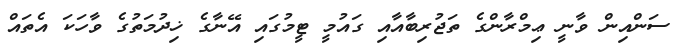
ސަންއިން ވާނީ ޢިމްރާންގެ ތަޖުރިބާއާއި ގައުމީ ޓީމުގައި އޭނާގެ ޚިދުމަތުގެ ވާހަކަ އެތައް